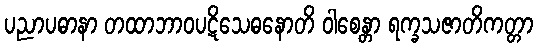
ပညာပဓာနာ တထာဘာဝပဋိသေဓနောတိ ဝါစေန္တာ ရက္ခသဇာတိကတ္တာ